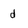
Character: d